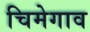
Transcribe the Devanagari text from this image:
चिमेगाव